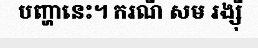
បញ្ហានេះ។ ករណី សម រង្ស៊ី